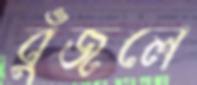
বুঁজলে